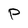
Character: P